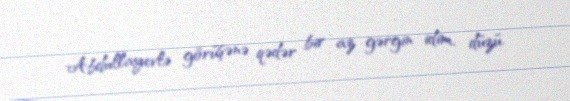
Abdullayevlə görüşənə qədər bir az gərgin idim, düzü.